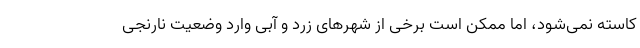
کاسته نمی‌شود، اما ممکن است برخی از شهرهای زرد و آبی وارد وضعیت نارنجی